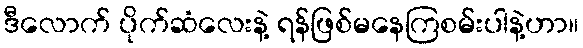
ဒီလောက် ပိုက်ဆံလေးနဲ့ ရန်ဖြစ်မနေကြစမ်းပါနဲ့ဟာ။